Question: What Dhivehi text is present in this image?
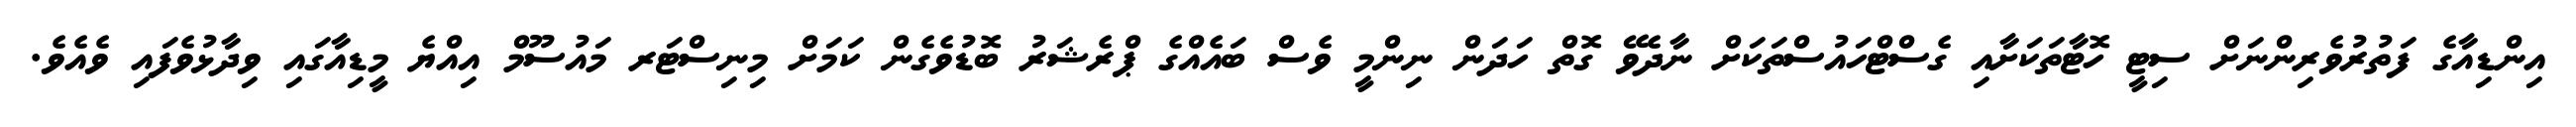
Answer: އިންޑިއާގެ ފަތުރުވެރިންނަށް ސިޓީ ހޮޓާތަކަށާއި ގެސްޓްހައުސްތަކަށް ނާދެވޭ ގޮތް ހަދަން ނިންމީ ވެސް ބައެއްގެ ޕްރެޝަރު ބޮޑުވެގެން ކަމަށް މިނިސްޓަރ މައުސޫމް އިއްޔެ މީޑިއާގައި ވިދާޅުވެފައި ވެއެވެ.